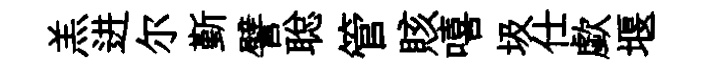
羔进尔斳譬聪管賅嘻圾仕歔堰